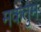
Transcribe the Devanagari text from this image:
मकतुम